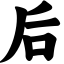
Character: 后